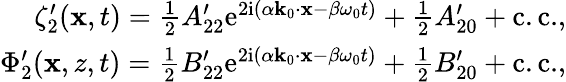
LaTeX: \begin{array}{r}{\zeta_{2}^{\prime}(\mathbf{x},t)=\frac{1}{2}A_{22}^{\prime}\mathrm{e}^{2\mathrm{i}(\alpha\mathbf{k}_{0}\cdot\mathbf{x}-\beta\omega_{0}t)}+\frac{1}{2}A_{20}^{\prime}+\mathrm{c.c.},}\\ {\Phi_{2}^{\prime}(\mathbf{x},z,t)=\frac{1}{2}B_{22}^{\prime}\mathrm{e}^{2\mathrm{i}(\alpha\mathbf{k}_{0}\cdot\mathbf{x}-\beta\omega_{0}t)}+\frac{1}{2}B_{20}^{\prime}+\mathrm{c.c.},}\end{array}